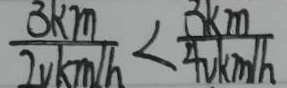
\frac { 3 k m } { 2 v k m / h } < \frac { 3 k m } { 4 v k m / h }